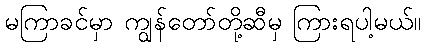
မကြာခင်မှာ ကျွန်တော်တို့ဆီမှ ကြားရပါ့မယ်။